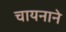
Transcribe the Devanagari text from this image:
चायनाने